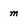
Character: m